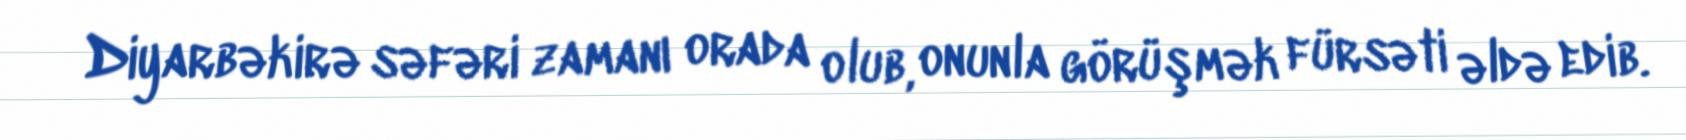
Diyarbəkirə səfəri zamanı orada olub, onunla görüşmək fürsəti əldə edib.